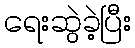
ရေးဆွဲခဲ့ပြီး